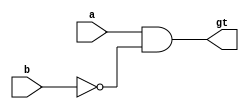
`timescale 1ns / 1ps
//////////////////////////////////////////////////////////////////////////////////
// Company: Davis Semiconductor
// 
// Design Name: 
// Module Name:    one_bit_inequality 
// Project Name: 
// Target Devices: Elbert V2
// Tool versions: ISE 14.7
// Description: Compares two 1-bit values, A and B, returns 1 if A > B.
//
// Dependencies: 
//
// Revision: 
// Revision 0.01 - File Created
// Additional Comments: 
// 
// Truth table:
//     A  B | Y
//     -  -   -
//     0  0 | 0
//     0  1 | 0
//     1  0 | 1
//     1  1 | 0
//////////////////////////////////////////////////////////////////////////////////
module one_bit_inequality(input a, b, output gt);

assign gt = a & ~b;

endmodule